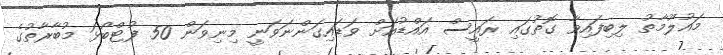
މައުލޫމާތު ލިބިފައިވާ ގޮތުގައި ރައީސް އައްޑުއަށް ވަޑައިގަންނަވަނީ މިނިވަން 50 ފުޓްބޯޅަ މުބާރާތުގެ